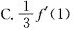
C.\frac{1}{3}f^{\prime}(1)